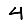
Digit: 4